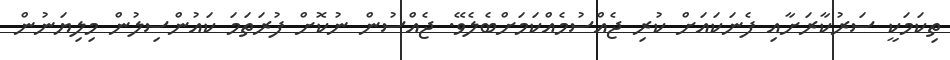
ތިކަމަކީ ސަރުކާރަށާއި ފެނަކައަށް ކުރި ޖެއްސުމެއްކަމަށްބެލެވޭ. ޖެއްސުން ނުކޮށް ފުރަތަމަ ކައުންސިލުން މިލިޔަނުން